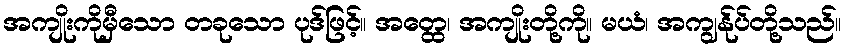
အကျိုးကိုမှီသော တခုသော ပုဒ်ဖြင့်။ အတ္ထေ၊ အကျိုးတို့ကို။ မယံ၊ အကျွန်ုပ်တို့သည်။